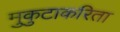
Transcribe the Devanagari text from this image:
मुकुटाकरिता